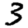
Digit: 3